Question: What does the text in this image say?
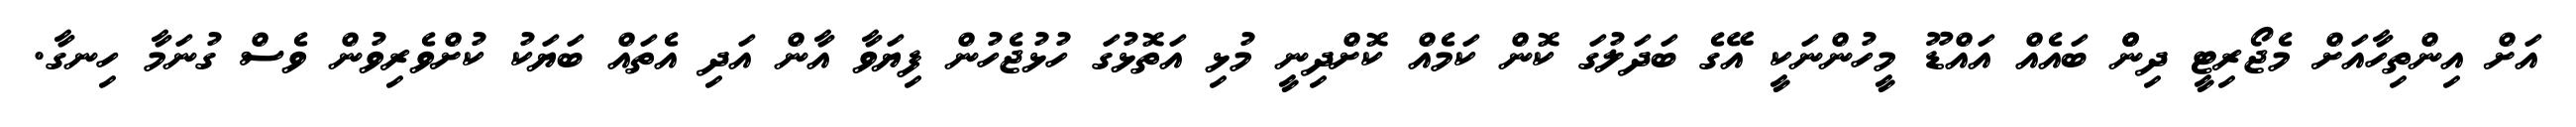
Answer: އަށް އިންތިހާއަށް މެޖޯރިޓީ ދިންް ބައެއް އައްޑޫ މީހުންނަކީ އޭގެ ބަދަލުގަ ކޮން ކަމެއް ކޮށްދިނީ މުޅި އަތޮޅުގަ ހުޅުޖެހުން ފިޔަވާ އާން އަދި އެތައް ބަޔަކު ކުށްވެރިވުން ވެސް ގުނަމާ ހިނގާ.